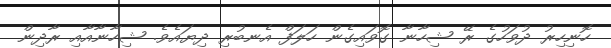
ހޮނިހިރު ދުވަހުގެ ރޭ ޝިހާނާ ގޮވައިގެން ހަލަފް އެނބުރި ދިޔައެވެ. ޝިހާނާއާއި ރާދިން